Report on vaccination in Madras 1904-1921 - 1904-1921
Year: 1904
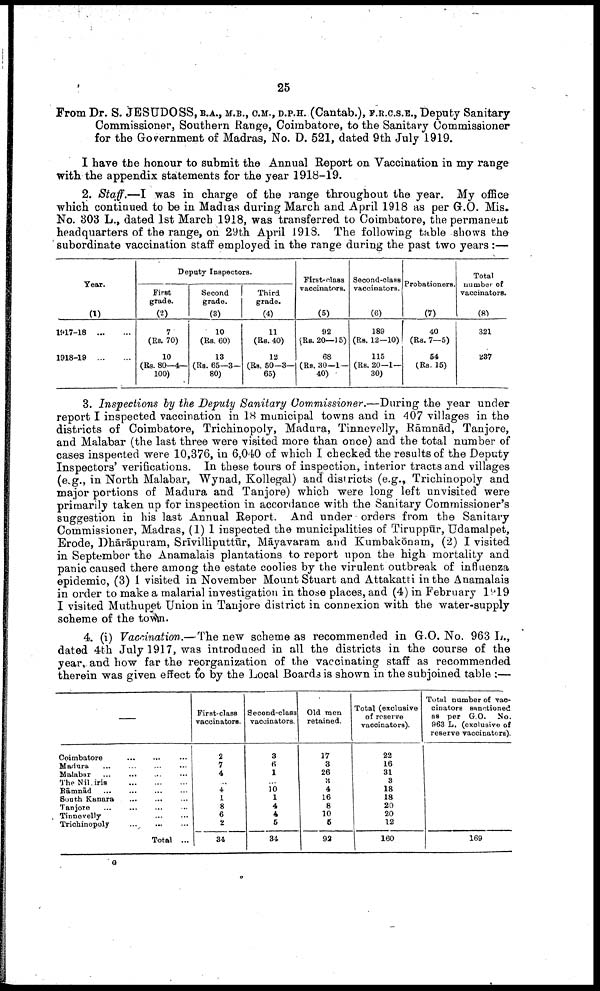
25
From Dr. S. JESUDOSS, B.A., M.B., C.M., D.P.H. (Cantab.), F.R.C.S.E., Deputy Sanitary
Commissioner, Southern Range, Coimbatore, to the Sanitary Commissioner
for the Government of Madras, No. D. 521, dated 9th July 1919.
I have the honour to submit the Annual Report on Vaccination in my range
with the appendix statements for the year 1918-19.
2. Staff.—I was in charge of the range throughout the year. My office
which continued to be in Madras during March and April 1918 as per G.O. Mis.
No. 303 L., dated 1st March 1918, was transferred to Coimbatore, the permanent
headquarters of the range, on 29th April 1918. The following table shows the
subordinate vaccination staff employed in the range during the past two years :—
Year.
(1)
1917-18...
...
1918-19
Deputy Inspectors.
First
grade.
(2)
7
(Rs. 70)
10
(Rs. 80—4—
100)
Second
grade.
(3)
10
(Rs. 60)
13
(Rs. 65—3—
80)
Third
grade.
(4)
11
(Rs. 40)
12
(Rs. 50—3—
65)
First-class
vaccinators.
(5)
92
(Rs.20—15)
68
(Rs. 30—1 -
40)
Second-class
vaccinators.
(6)
189
(Rs. 12—10)
115
(Rs. 20—1—
30)
Probationers.
(7)
40
(Rs. 7—5)
54
(Rs. 15)
Total
number of
vaccinators.
(8)
321
237
3. Inspections by the Deputy Sanitary Commissioner.—During the year under
report I inspected vaccination in 18 municipal towns and in 407 villages in the
districts of Coimbatore, Trichinopoly, Madura, Tinnevelly, Rāmnād, Tanjore,
and Malabar (the last three were visited more than once) and the total number of
cases inspected were 10,376, in 6,040 of which I checked the results of the Deputy
Inspectors' verifications. In these tours of inspection, interior tracts and villages
(e.g., in North Malabar, Wynad, Kollegal) and districts (e.g., Trichinopoly and
major portions of Madura and Tanjore) which were long left unvisited were
primarily taken up for inspection in accordance with the Sanitary Commissioner's
suggestion in his last Annual Report. And under orders from the Sanitary
Commissioner, Madras, (1) I inspected the municipalities of Tiruppūr, Udamalpet,
Erode, Dhārāpuram, Srīvilliputtūr, Māyavaram and Kumbakōnam, (2) I visited
in September the Anamalais plantations to report upon the high mortality and
panic caused there among the estate coolies by the virulent outbreak of influenza
epidemic, (3) I visited in November Mount Stuart and Attakatti in the Anamalais
in order to make a malarial investigation in those places, and (4) in February 1919
I visited Muthupet Union in Tanjore district in connexion with the water-supply
scheme of the town.
4. (i) Vaccination.—The new scheme as recommended in G.O. No. 963 L.,
dated 4th July 1917, was introduced in all the districts in the course of the
year, and how far the reorganization of the vaccinating staff as recommended
therein was given effect to by the Local Boards is shown in the subjoined table :—
—
Coimbatore... ...
... ...
Madura... ... ... ...
Malabar... ...
...
...
The Nilgiris... ... ...
...
Rāmnād...
...
...
...
South Kanara... ... ... ...
Tanjore... ... ... ... ...
Tinnevelly... ...
Trichinopoly... ... ... ... ...
Total ...
First-class
vaccinators.
2
7
4
...
4
1
8
6
2
34
Second-class
vaccinators.
3
6
1
...
10 l
4
4
5
34
Old men
retained.
17
3
26
3
4
16
8
10
5
92
Total (exclusive
of reserve
vaccinators).
22
16
31
3
18
18
20
20
12
160
Total number of vac
cinators sanctioned
as per G.O. No.
963 L. (exclusive of
reserve vaccinators).
169
G